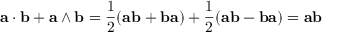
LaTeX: \mathbf { a } \cdot \mathbf { b } + \mathbf { a } \wedge \mathbf { b } = { \frac { 1 } { 2 } } ( \mathbf { a b } + \mathbf { b a } ) + { \frac { 1 } { 2 } } ( \mathbf { a b } - \mathbf { b a } ) = \mathbf { a b }